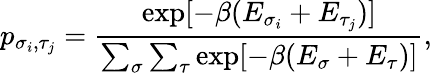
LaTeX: p_{\sigma_{i},\tau_{j}}=\frac{\exp[-\beta(E_{\sigma_{i}}+E_{\tau_{j}})]}{\sum_{\sigma}\sum_{\tau}\exp[-\beta(E_{\sigma}+E_{\tau})]},